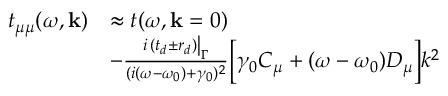
\begin{array} { r l } { t _ { \mu \mu } ( \omega , \mathbf { k } ) } & { \approx t ( \omega , \mathbf { k } = 0 ) } \\ & { - \frac { i \left. ( t _ { d } \pm r _ { d } ) \right| _ { \Gamma } } { ( i ( \omega - \omega _ { 0 } ) + \gamma _ { 0 } ) ^ { 2 } } \bigg [ \gamma _ { 0 } C _ { \mu } + ( \omega - \omega _ { 0 } ) D _ { \mu } \bigg ] k ^ { 2 } } \end{array}